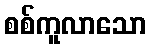
စစ်ကူလာသော